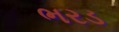
ભરડ